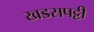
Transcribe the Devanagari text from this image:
खडसपट्टी